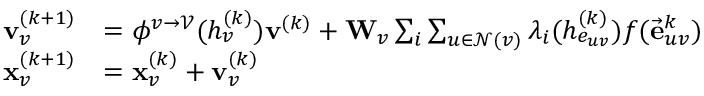
\begin{array} { r l } { \mathbf { v } _ { v } ^ { ( k + 1 ) } } & { = \phi ^ { v \rightarrow \mathcal { V } } ( h _ { v } ^ { ( k ) } ) \mathbf { v } ^ { ( k ) } + \mathbf { W } _ { v } \sum _ { i } \sum _ { u \in \mathcal { N } ( v ) } \lambda _ { i } ( h _ { e _ { u v } } ^ { ( k ) } ) f ( \vec { \mathbf { e } } _ { u v } ^ { k } ) } \\ { \mathbf { x } _ { v } ^ { ( k + 1 ) } } & { = \mathbf { x } _ { v } ^ { ( k ) } + \mathbf { v } _ { v } ^ { ( k ) } } \end{array}